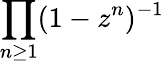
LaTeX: \prod_{n\geq 1}(1-z^{n})^{-1}